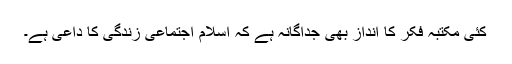
کئی مکتبہ فکر کا انداز بھی جداگانہ ہے کہ اسلام اجتماعی زندگی کا داعی ہے۔